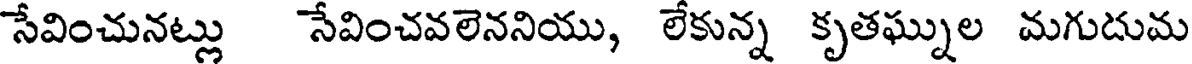
సేవించునట్లు సేవించవలెననియు, లేకున్న కృతఘ్నుల మగుదుమ